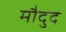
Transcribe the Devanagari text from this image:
मौदुद